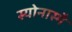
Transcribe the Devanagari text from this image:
स्योनास्मै